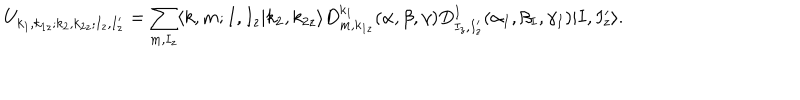
LaTeX: U _ { k _ { 1 } , k _ { 1 z } ; k _ { 2 } , k _ { 2 z } ; I _ { z } , I _ { z } ^ { \prime } } = \sum _ { m , I _ { z } } \langle k , m ; I , I _ { z } | k _ { 2 } , k _ { 2 z } \rangle D _ { m , k _ { 1 z } } ^ { k _ { 1 } } ( \alpha , \beta , \gamma ) D _ { I _ { z } , I _ { z } ^ { \prime } } ^ { I } ( \alpha _ { I } , \beta _ { I } , \gamma _ { I } ) | I , I _ { z } ^ { \prime } \rangle .